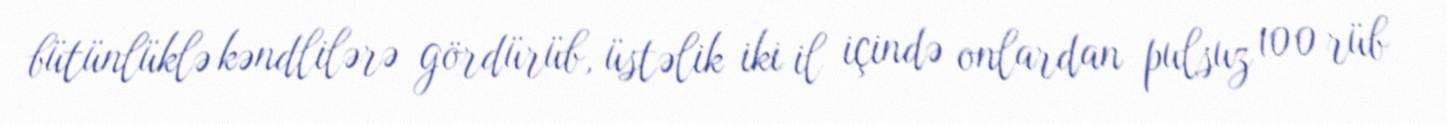
bütünlüklə kəndlilərə gördürüb, üstəlik iki il içində onlardan pulsuz 100 rüb